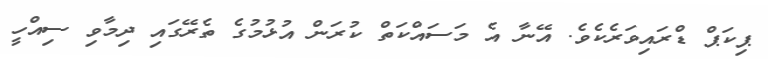
ޕިކަޕް ޑްރައިވަރެކެވެ. އޭނާ އެ މަސައްކަތް ކުރަން އުޅުމުގެ ތެރޭގައި ދިމާވި ސިއްހީ